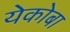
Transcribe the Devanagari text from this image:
येकोबा